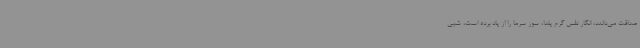
صداقت می‌دانند، انگار نفس گرم یلدا، سوز سرما را از یاد برده است، شبی